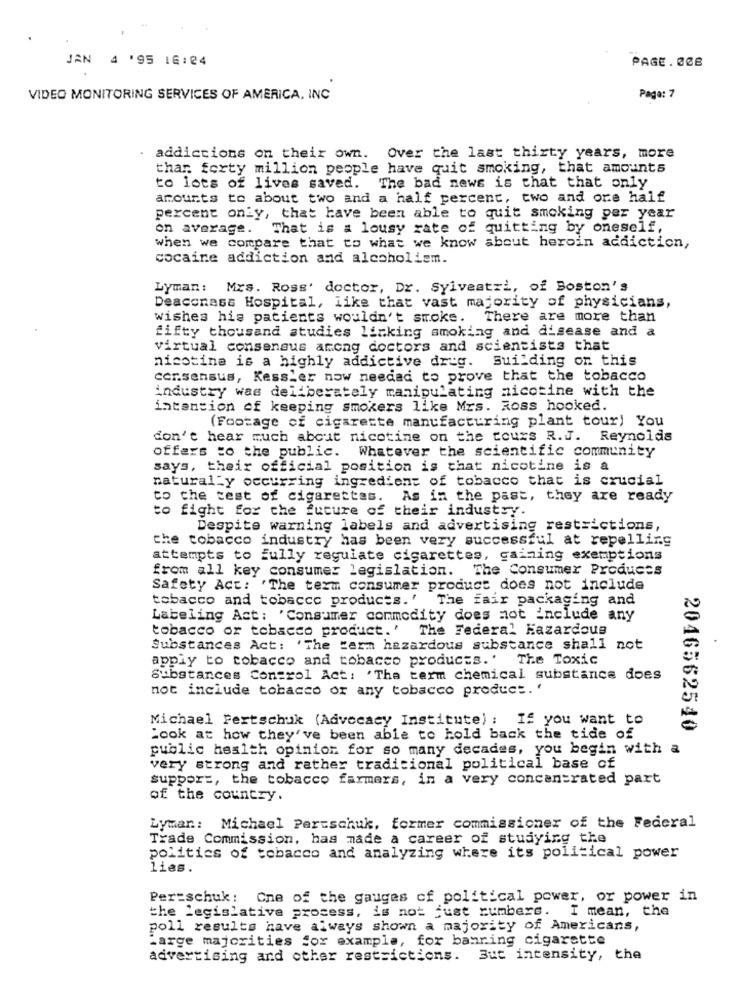
JAN 4 '95 18:24
PAGE. 006
VIDEO MONITORING SERVICES OF AMERICA, INC
Page: 7
. addictions on their own. Over the last thirty years, more
thar forty million people have quit smoking, that amounts
to lots of lives saved. The bad news is that that only
amounts to about two and a half percent, two and ore half
percent only, that have been able to quit smoking per year
on average. That is a lousy rate of quitting by oneself,
when we compare that to what we know about heroin addiction,
cocaine addiction and alcoholiem.
Lyman: Mrs. Ross' doctor, Dr. Sylvestri, of Boston's
Deaconass Hospital, like that vast majority of physicians,
wishes his patients wouldn't stroke. There are more than
fifty thousand studies linking smoking and disease and a
virtual consensus among doctors and scientists that
nicotine is a highly addictive drug.
Building on this
consensus, Kessler now needed to prove that the tobacco
industry was deliberately manipulating nicotine with the
intention of keeping smokers like Mrs. Ross hooked.
(Footage of cigarette manufacturing plant tour) You
don't hear much about nicotine on the tours R.J. Reynolds
offers to the public. Whatever the scientific community
says, their official position is that nicotine is a
naturally occurring ingredient of tobacco that is crucial
to the test of cigarettes. As in the past, they are ready
to fight for the future of their industry.
Despite warning labels and advertising restrictions,
the tobacco industry has been very successful at repelling
attempts to fully regulate cigarettes, gaining exemptions
from all key consumer legislation. The Consumer Products
Safety Act: "The term consumer product does not include
tobacco and tobacco products.'
The fair packaging and
Labeling Act: 'Consumer commodity does not include any
tobacco or tobacco product.' The Federal Hazardous
Substances Act: 'The term hazardous substance shall not
apply to tobacco and tobacco products.' The Toxic
Substances Control Act: 'The term chemical substance does
not include tobacco or any tobacco product. '
Michael Fertschuk (Advocacy Institute) : If you want to
2046562540
look at how they've been able to hold back the tide of
public health opinion for so many decades, you begin with a
very strong and rather tradicional political base of
support, the tobacco farmers, in a very concentrated part
of the country.
Lymar .: Michael Pertschuk, former commissioner of the Federal
Trade Commission, has made a career of studying the
politics of tobacco and analyzing where its political power
lies.
Per=schuk: One of the gauges of political power, or power in
the Legislative process, is not just numbers. I mean, the
poll results have always shown a majority of Americans,
Large majorities for example, for banning cigarette
advertising and other restrictions. But intensity, the